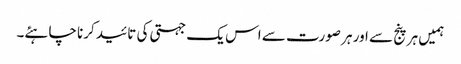
ہمیں ہر پنج سے اور ہر صورت سے اس یک جہتی کی تائید کرنا چاہئے۔